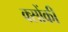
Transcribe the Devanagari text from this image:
क्सोंकी